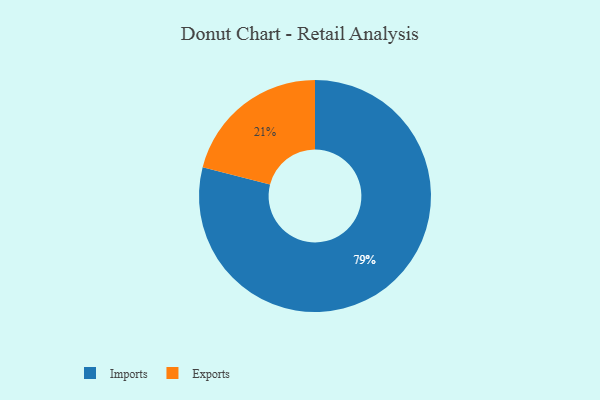
{"axis": {"x": "Category", "y": "Percentage"}, "legend": ["Exports", "Imports"], "data": [{"x": "Imports", "y": 79, "type": "Imports"}, {"x": "Exports", "y": 21, "type": "Exports"}]}